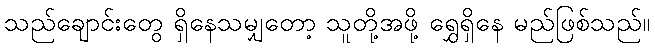
သည်ချောင်းတွေ ရှိနေသမျှတော့ သူတို့အဖို့ ရွှေရှိနေ မည်ဖြစ်သည်။